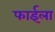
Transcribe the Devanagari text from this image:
फाईला